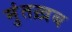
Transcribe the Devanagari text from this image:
मुंतख़ब